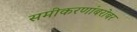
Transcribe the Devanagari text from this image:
समीकरणांबरोबर